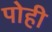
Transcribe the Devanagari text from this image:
पोही